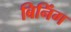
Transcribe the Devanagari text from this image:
बिनिंग